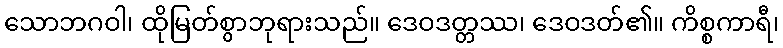
သောဘဂဝါ၊ ထိုမြတ်စွာဘုရားသည်။ ဒေဝဒတ္တဿ၊ ဒေဝဒတ်၏။ ကိစ္စကာရီ၊